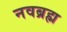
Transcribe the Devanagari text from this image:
नवब्रह्म